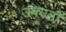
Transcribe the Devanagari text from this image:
उपमठों